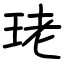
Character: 珯